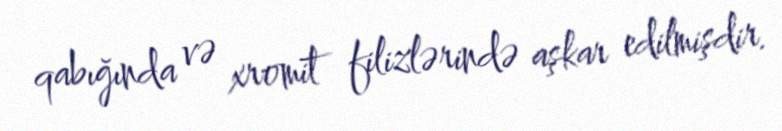
qabığında və xromit filizlərində aşkar edilmişdir.